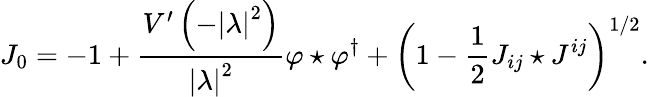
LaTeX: J_{0}=-1+\frac{V^{\prime}\left(-\left|\lambda\right|^{2}\right)}{\left|\lambda\right|^{2}}\varphi\star\varphi^{\dagger}+\left(1-\frac{1}{2}J_{ij}\star J^{ij}\right)^{1/2}.